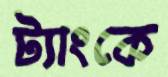
ট্যাংকে